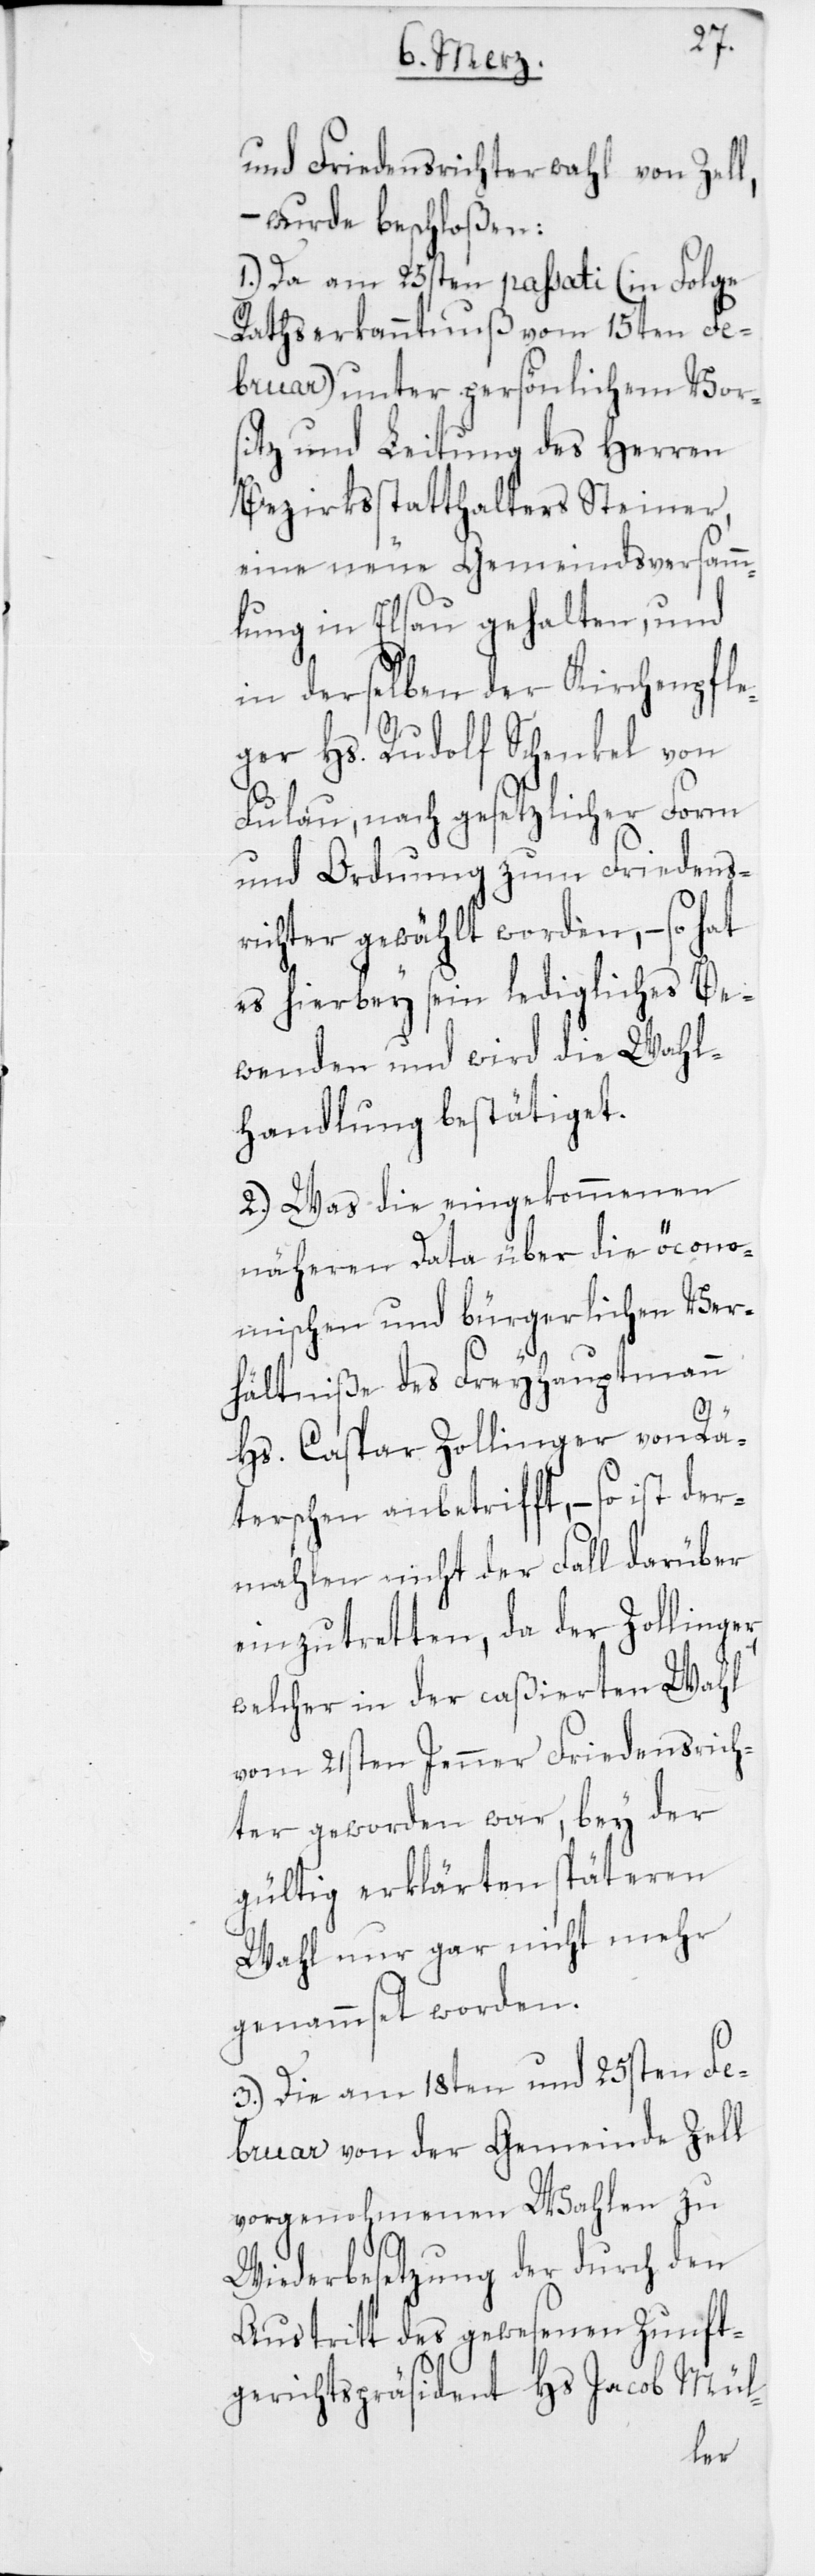
und Friedensrichterwahl von Zel¬
wurde beschloßen:
1.) Da am 25sten passati (in Folge
Rathserkanntnuß vom 15ten Fe¬
bruar) unter persönlichem Vors¬
itz und Leitung des Herren
Bezirksstatthalters Steiner,
eine neue Gemeindsversamm¬
lung in Elsau gehalten, und
in derselben der Kirchenpfle¬
r,
ger Hs. Rudolf Schenkel von
Fulau, nach gesetzlicher Form
und Ordnung zum Friedens¬
richter gewählt worden, – so hat
es hierbey sein ledigliches Be¬
wenden und wird die Wahl¬
handlung bestätiget.
2.) Was die eingekommenen
näheren Data über die öcono¬
mischen und bürgerlichen Ver¬
hältniße des Freyhauptmann
Hs. Caspar Zollinger von Rä¬
terschen anbetrifft, – so ist der¬
mahlen nicht der Fall darüber
einzutretten, da der Zollinge¬
welcher in der caßierten Wahl
vom 21sten Jenner Friedensrich¬
ter geworden war, bey der
gültig erklärten späteren
Wahl nur gar nicht mehr
genammset worden.
3.) Die am 18ten und 25sten Fe¬
bruar von der Gemeinde Zell
vorgenohmenen Wahlen zu
Wiederbesetzung der durch den
Austritt des gewesenen Zunft¬
gerichtspräsident Hs. Jacob Mül-